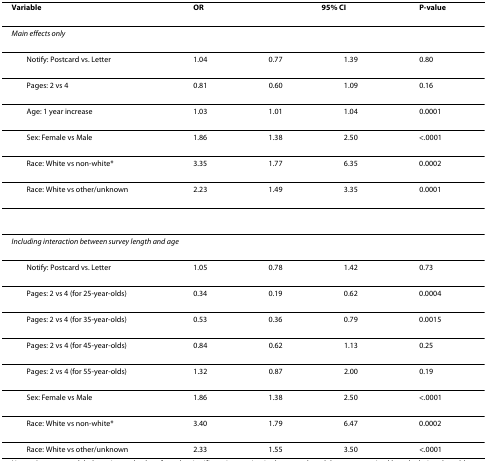
| Variable | OR | <COLSPAN=2> 95% CI | P-value |
 | --- | --- | --- | --- | --- |
 | Main effects only |  |  |  |  |
 | Notify: Postcard vs. Letter | 1.04 | 0.77 | 1.39 | 0.80 |
 | Pages: 2 vs 4 | 0.81 | 0.60 | 1.09 | 0.16 |
 | Age: 1 year increase | 1.03 | 1.01 | 1.04 | 0.0001 |
 | Sex: Female vs Male | 1.86 | 1.38 | 2.50 | <.0001 |
 | Race: White vs non-white* | 3.35 | 1.77 | 6.35 | 0.0002 |
 | Race: White vs other/unknown | 2.23 | 1.49 | 3.35 | 0.0001 |
 | <COLSPAN=5> Including interaction between survey length and age |
 | Notify: Postcard vs. Letter | 1.05 | 0.78 | 1.42 | 0.73 |
 | Pages: 2 vs 4 (for 25-year-olds) | 0.34 | 0.19 | 0.62 | 0.0004 |
 | Pages: 2 vs 4 (for 35-year-olds) | 0.53 | 0.36 | 0.79 | 0.0015 |
 | Pages: 2 vs 4 (for 45-year-olds) | 0.84 | 0.62 | 1.13 | 0.25 |
 | Pages: 2 vs 4 (for 55-year-olds) | 1.32 | 0.87 | 2.00 | 0.19 |
 | Sex: Female vs Male | 1.86 | 1.38 | 2.50 | <.0001 |
 | Race: White vs non-white* | 3.40 | 1.79 | 6.47 | 0.0002 |
 | Race: White vs other/unknown | 2.33 | 1.55 | 3.50 | <.0001 |